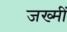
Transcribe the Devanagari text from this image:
जख्मीं